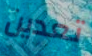
تعدين